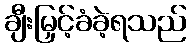
ချီးမြှင့်ခံခဲ့ရသည်